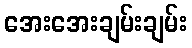
အေးအေးချမ်းချမ်း